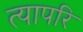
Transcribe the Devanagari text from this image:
त्यापरि